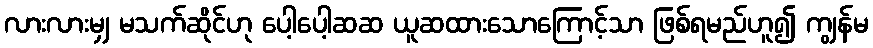
လားလားမျှ မသက်ဆိုင်ဟု ပေါ့ပေါ့ဆဆ ယူဆထားသောကြောင့်သာ ဖြစ်ရမည်ဟူ၍ ကျွန်မ